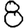
Digit: 8